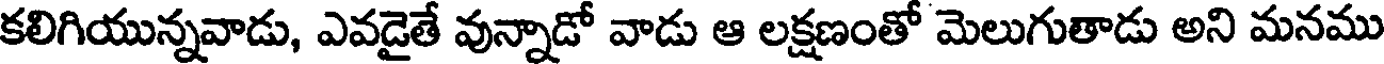
కలిగియున్నవాడు, ఎవడైతే వున్నాడో వాడు ఆ లక్షణంతో మెలుగుతాడు అని మనము